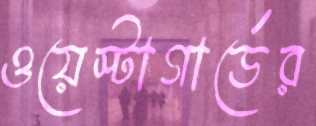
ওয়েস্টাগার্ডের